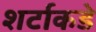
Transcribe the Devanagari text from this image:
शर्टाकडे